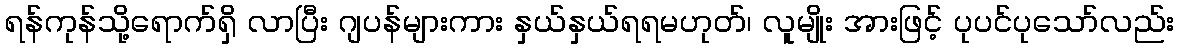
ရန်ကုန်သို့ရောက်ရှိ လာပြီး ဂျပန်များကား နှယ်နှယ်ရရမဟုတ်၊ လူမျိုး အားဖြင့် ပုပင်ပုသော်လည်း